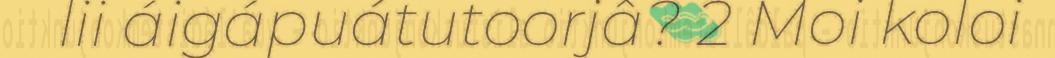
lii áigápuátutoorjâ? 2 Moi koloi